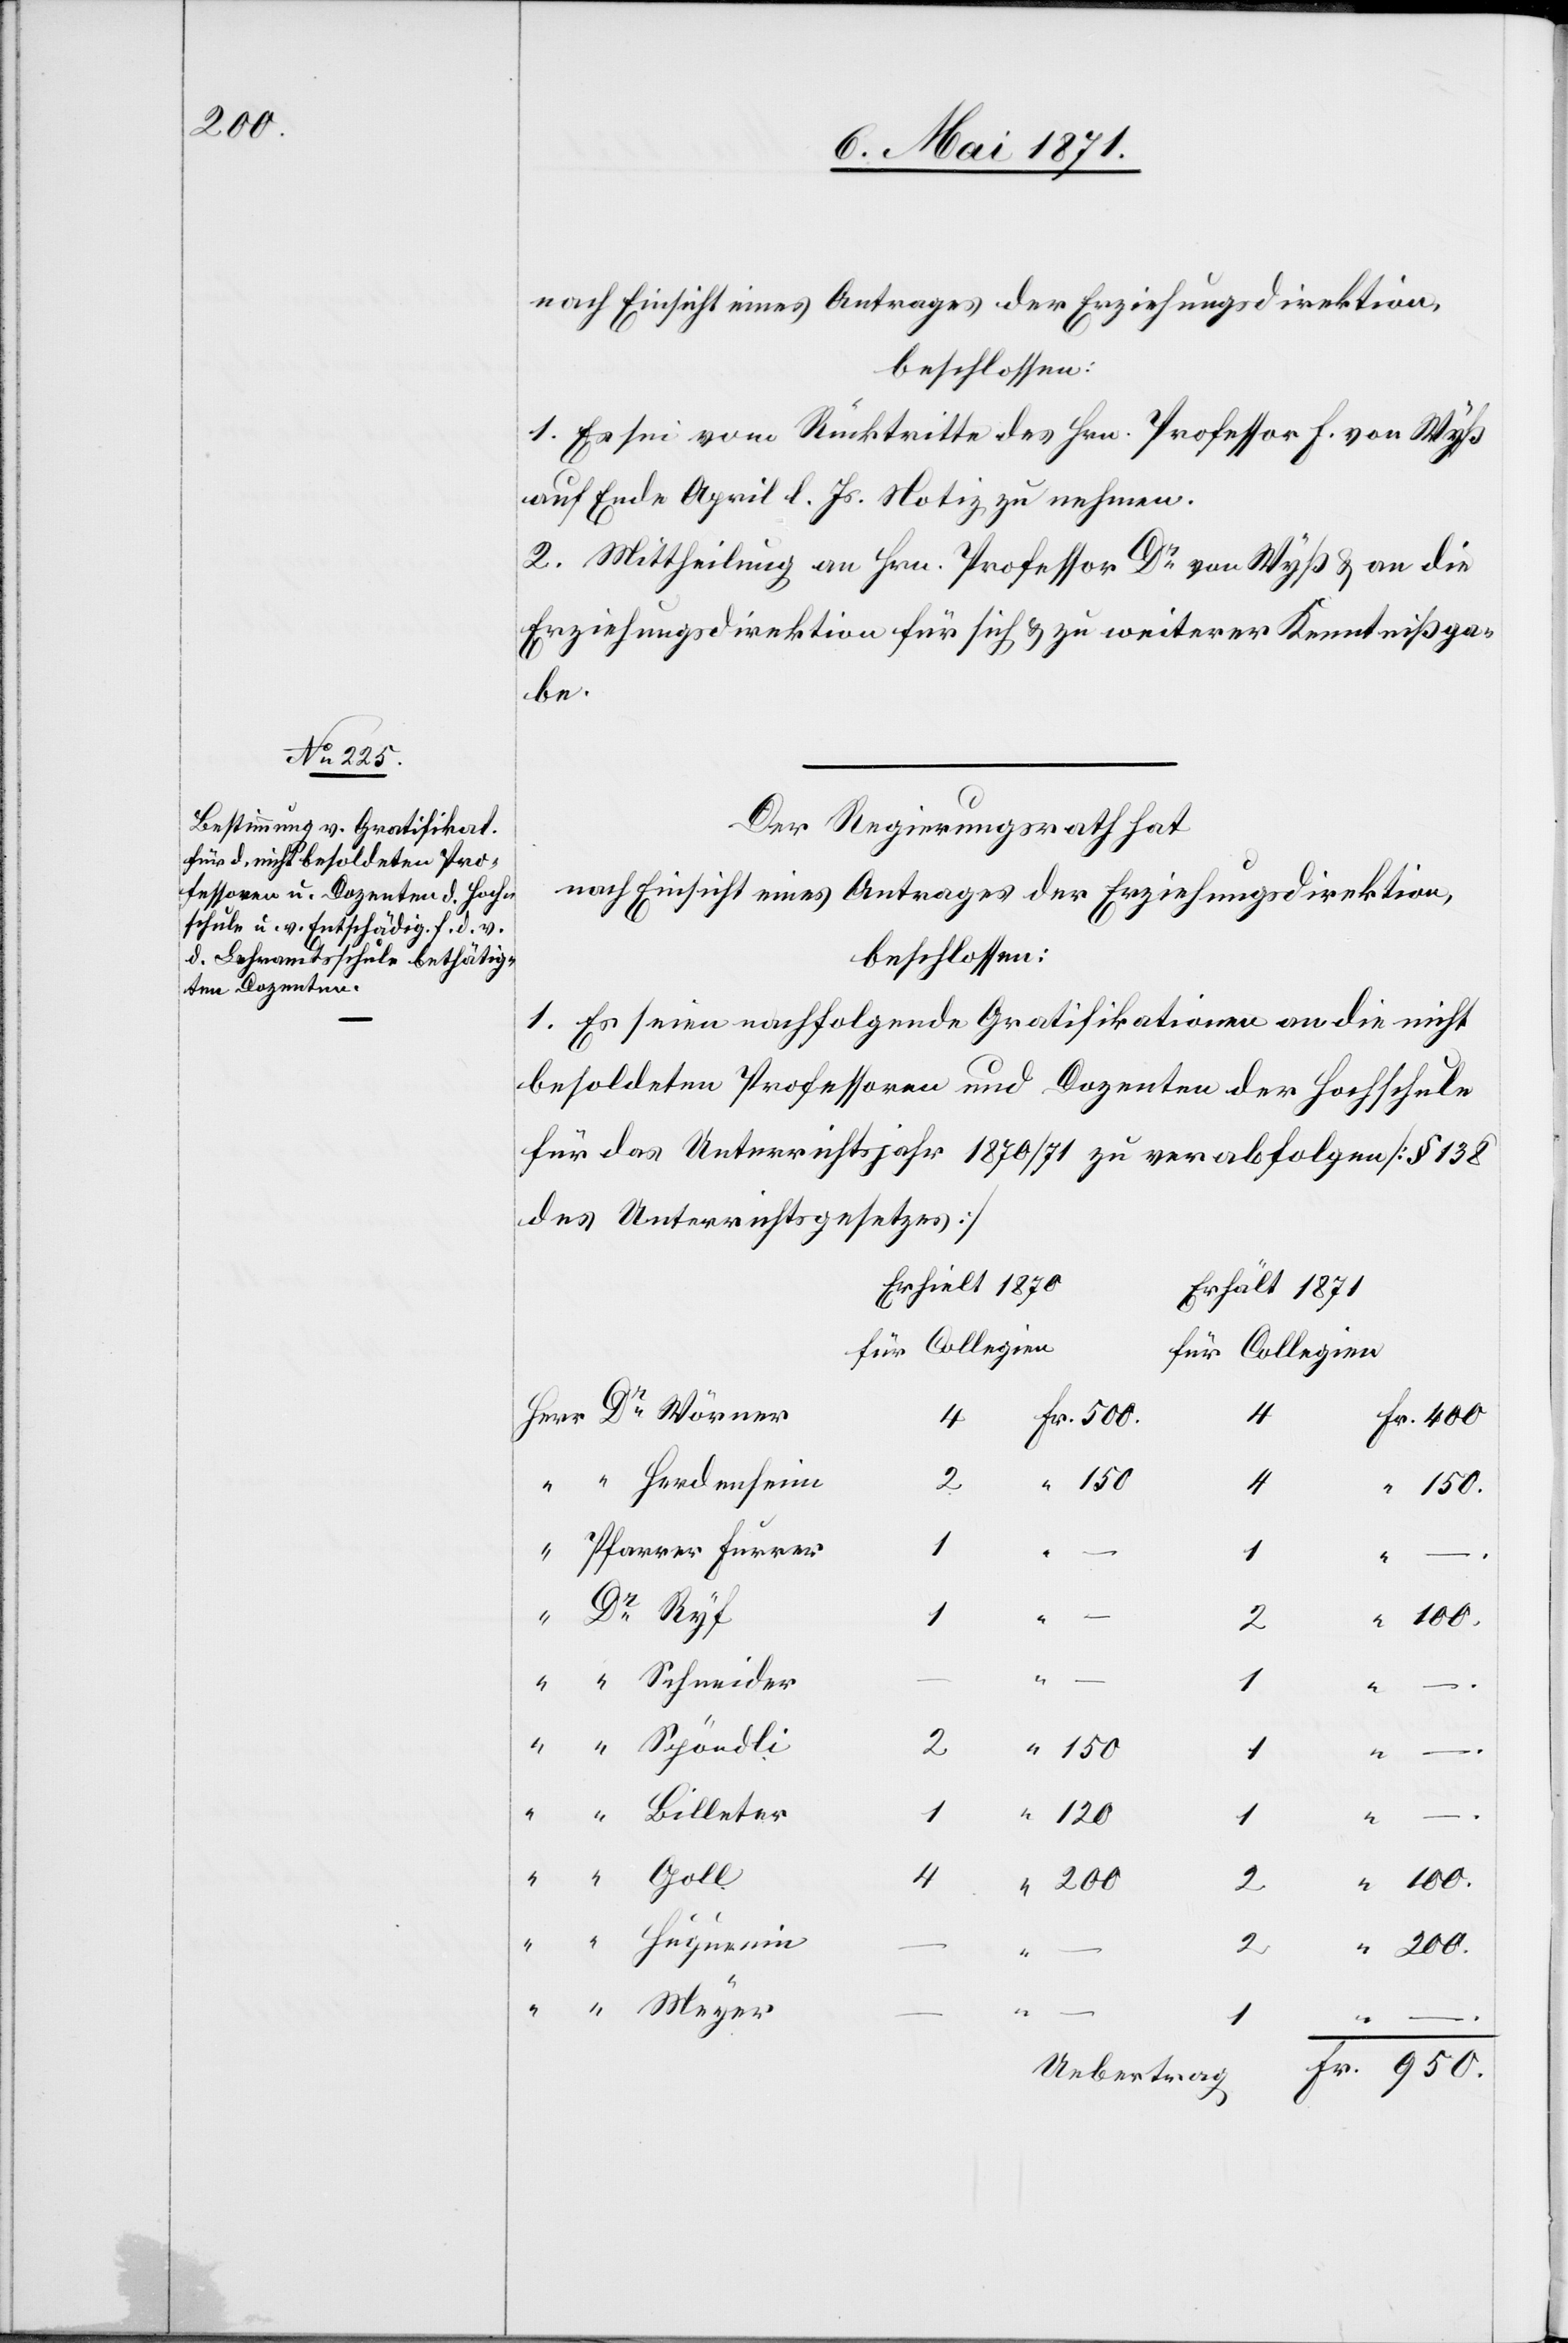
200.

nach Einsicht eines Antrages der Erziehungsdirektion,
beschossen:
1. Es sei vom Rücktritte des Hrn. Professor F. von Wyß
auf Ende April l. Js. Notiz zu nehmen.
2. Mittheilung an Hrn. Professor Dr. von Wyß u. an die
Erziehungsdirektion für sich u. zu weiterer Kenntnißga¬
be.
Der Regierungsrath hat
nach Einsicht eines Antrages der Erziehungsdirektion,
beschlossen:
1.
Es seien nachfolgende Gratifikationen an die nicht
besoldeten Professoren und Dozenten der Hochschule
für das Unterrichtsjahr 1870/71 zu verabfolgen [§ 138
des Unterrichtsgesetzes]
Erhielt 1870
Erhält 1871
für Collegien
für Collegien
er
4
“
–.
150
4
1
120
200
4
2
–
Fr. 950.
Uebertrag